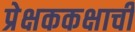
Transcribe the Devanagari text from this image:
प्रेक्षककक्षाची